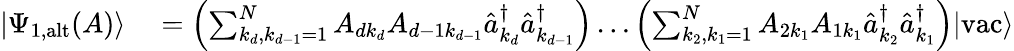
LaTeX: \begin{array}{rl}{\left|\Psi_{\textrm{1,alt}}(A)\right\rangle}&{{}=\left(\sum_{k_{d},k_{d-1}=1}^{N}A_{dk_{d}}A_{d-1k_{d-1}}\hat{a}_{k_{d}}^{\dagger}\hat{a}_{k_{d-1}}^{\dagger}\right)\ldots\left(\sum_{k_{2},k_{1}=1}^{N}A_{2k_{1}}A_{1k_{1}}\hat{a}_{k_{2}}^{\dagger}\hat{a}_{k_{1}}^{\dagger}\right)|\textrm{vac}\rangle}\end{array}